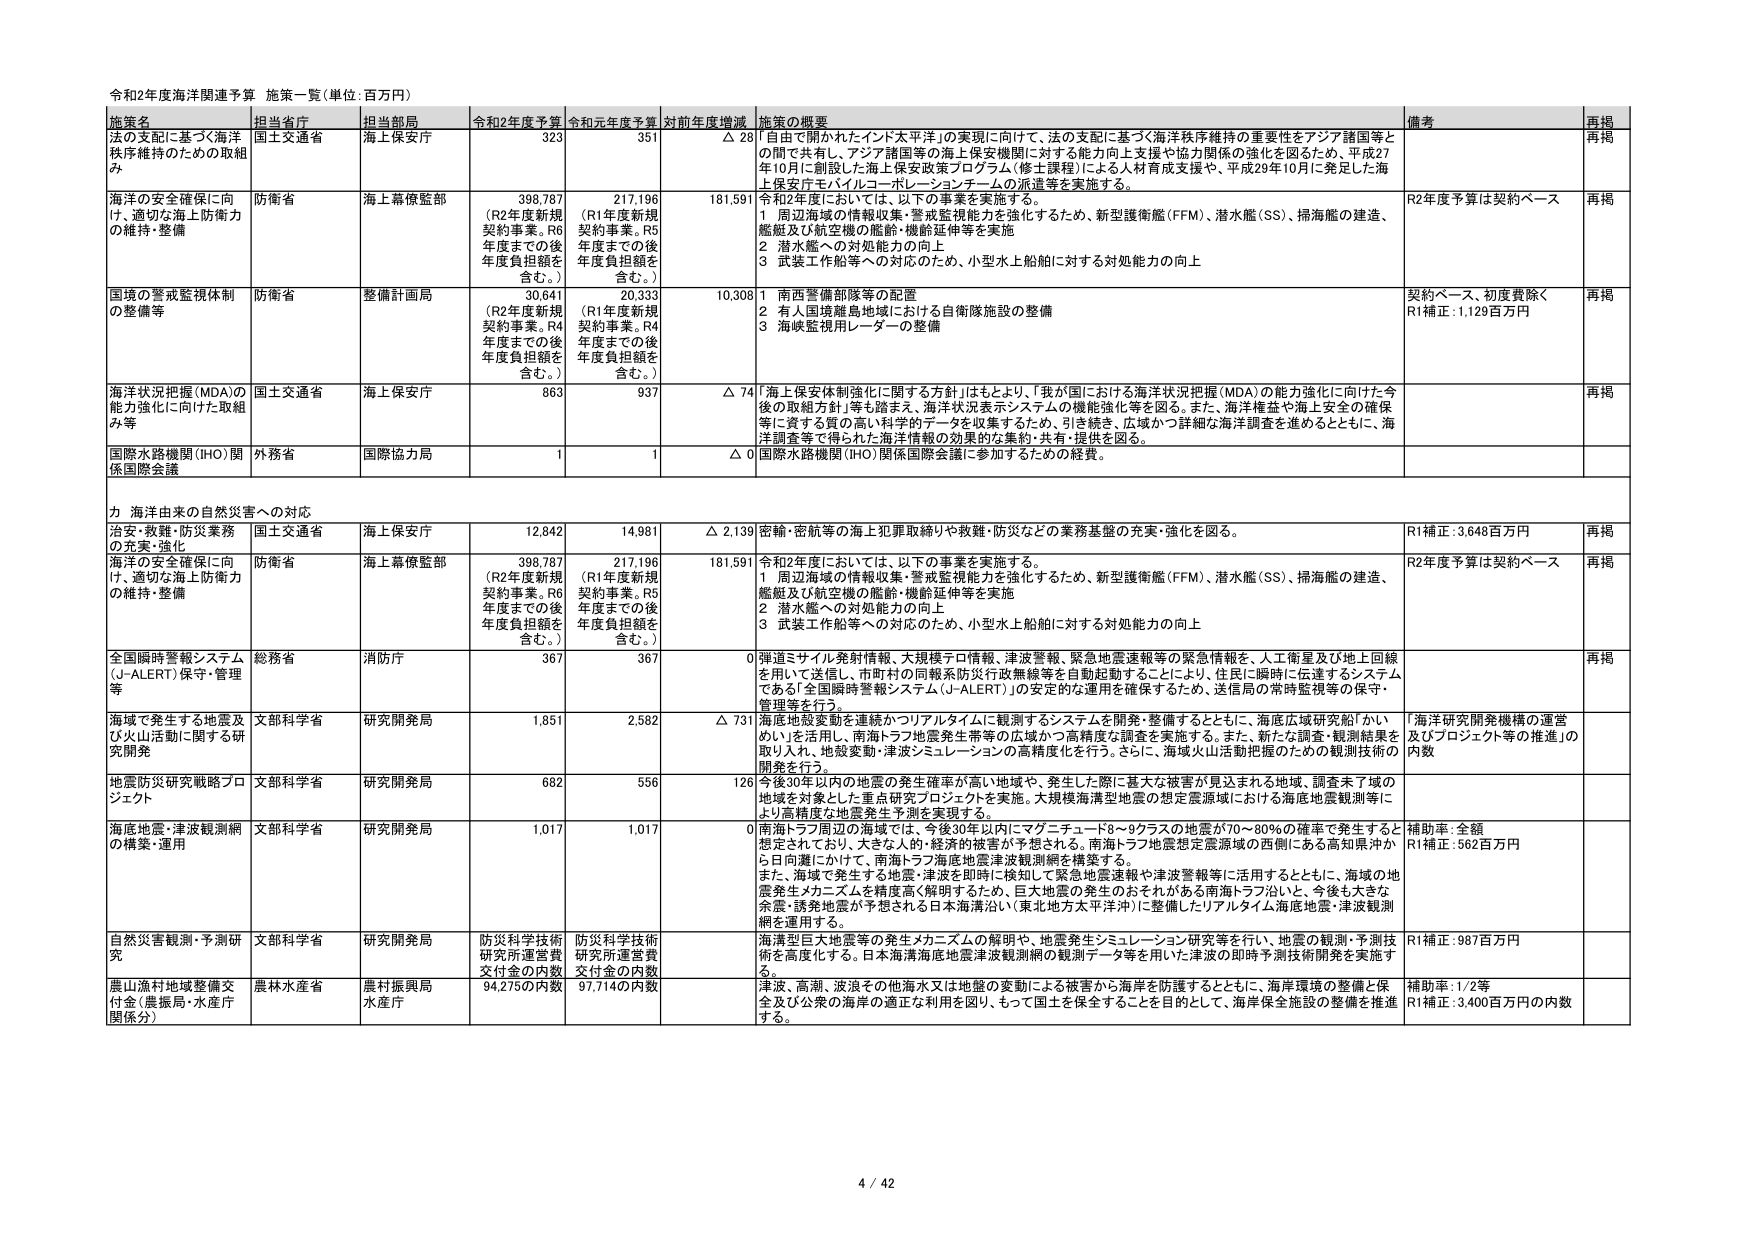
令和2年度海洋関連予算 施策一覧（単位：百万円）

施策名 担当省庁 担当部局 令和2年度予算 令和元年度予算 対前年度増減 施策の概要 備考 再掲

法の支配に基づく海洋秩序維持のための取組み 国土交通省 海上保安庁 323 351 △ 28 「自由で開かれたインド太平洋」の実現に向けて、法の支配に基づく海洋秩序維持の重要性をアジア諸国等との間で共有し、アジア諸国等の海上保安機関に対する能力向上支援や協力関係の強化を図るため、平成27年10月に創設した海上保安政策プログラム（修士課程）による人材育成支援や、平成29年10月に発足した海上保安庁モバイルコーポレーションチームの派遣等を実施する。 再掲

海洋の安全確保に向け、適切な海上防衛力の維持・整備 防衛省 海上幕僚監部 398,787 （R2年度新規契約事業。R6年度までの後年度負担額を含む。） 217,196 （R1年度新規契約事業。R5年度までの後年度負担額を含む。） 181,591 令和2年度においては、以下の事業を実施する。 1 周辺海域の情報収集・警戒監視能力を強化するため、新型護衛艦（FFM）、潜水艦（SS）、掃海艦の建造、艦艇及び航空機の艦齢・機齢延伸等を実施 2 潜水艦への対処能力の向上 3 武装工作船等への対応のため、小型水上船舶に対する対処能力の向上 R2年度予算は契約ベース 再掲

国境の警戒監視体制の整備等 防衛省 整備計画局 30,641 （R2年度新規契約事業。R4年度までの後年度負担額を含む。） 20,333 （R1年度新規契約事業。R4年度までの後年度負担額を含む。） 10,308 1 南西警備部隊等の配置 2 有人国境離島地域における自衛隊施設の整備 3 海峡監視用レーダーの整備 契約ベース、初度費除く R1補正：1,129百万円 再掲

海洋状況把握（MDA）の能力強化に向けた取組み 国土交通省 海上保安庁 863 937 △ 74 「海上保安体制強化に関する方針」はもとより、「我が国における海洋状況把握（MDA）の能力強化に向けた今後の取組方針」等も踏まえ、海洋状況表示システムの機能強化等を図る。また、海洋権益や海上安全の確保等に資する質の高い科学的データを収集するため、引き続き、広域かつ詳細な海洋調査を進めるとともに、海洋調査等で得たデータの海洋情報の効果的な集約・共有・提供を図る。 再掲

国際水路機関（IHO）関係国際会議 外務省 国際協力局 1 1 △ 0 国際水路機関（IHO）関係国際会議に参加するための経費。

力 海洋由来の自然災害への対応

治安・救難・防災業務の充実・強化 国土交通省 海上保安庁 12,842 14,981 △ 2,139 密輸・密航等の海上犯罪取締りや救難・防災などの業務基盤の充実・強化を図る。 R1補正：3,648百万円 再掲

海洋の安全確保に向け、適切な海上防衛力の維持・整備 防衛省 海上幕僚監部 398,787 （R2年度新規契約事業。R6年度までの後年度負担額を含む。） 217,196 （R1年度新規契約事業。R5年度までの後年度負担額を含む。） 181,591 令和2年度においては、以下の事業を実施する。 1 周辺海域の情報収集・警戒監視能力を強化するため、新型護衛艦（FFM）、潜水艦（SS）、掃海艦の建造、艦艇及び航空機の艦齢・機齢延伸等を実施 2 潜水艦への対処能力の向上 3 武装工作船等への対応のため、小型水上船舶に対する対処能力の向上 R2年度予算は契約ベース 再掲

全国瞬時警報システム（J-ALERT）保守・管理等 総務省 消防庁 367 367 0 弾道ミサイル発射情報、大規模テロ情報、津波警報、緊急地震速報等の緊急情報を、人工衛星及び地上回線を用いて送信し、市町村の同報系防災行政無線等を自動起動することにより、住民に瞬時に伝達するシステムである「全国瞬時警報システム（J-ALERT）」の安定的な運用を確保するため、送信局の常時監視等の保守・管理等を行う。 再掲

海域で発生する地震及び火山活動に関する研究開発 文部科学省 研究開発局 1,851 2,582 △ 731 海底地殻変動を連続かつリアルタイムに観測するシステムを開発・整備するとともに、海底広域研究船「かいめい」を活用し、南海トラフ地震発生帯等の広域かつ高精度な調査を実施する。また、新たな調査・観測結果を取り入れ、地殻変動・津波シミュレーションの高精度化を行う。さらに、海域火山活動把握のための観測技術の開発を行う。 「海洋研究開発機構の運営及びプロジェクト等の推進」の内数

地震防災研究戦略プロジェクト 文部科学省 研究開発局 682 556 126 今後30年以内の地震の発生確率が高い地域や、発生した際に甚大な被害が見込まれる地域、調査未了域の地域を対象とした重点研究プロジェクトを実施。大規模海溝型地震の想定震源域における海底地震観測等により高精度な地震発生予測を実現する。

海底地震・津波観測網の構築・運用 文部科学省 研究開発局 1,017 1,017 0 南海トラフ周辺の海域では、今後30年以内にマグニチュード8～9クラスの地震が70～80％の確率で発生すると想定されており、大きな人的・経済的被害が予想される。南海トラフ地震想定震源域の西側にある高知県沖から日向灘にかけて、南海トラフ海底地震津波観測網を構築する。 また、海域で発生する地震・津波を即時に検知して緊急地震速報や津波警報等に活用するとともに、海域の地震発生メカニズムを精度高く解明するため、巨大地震の発生のおそれがある南海トラフ沿いと、今後も大きな余震・誘発地震が予想される日本海溝沿い（東北地方太平洋沖）に整備したリアルタイム海底地震・津波観測網を運用する。 補助率：全額 R1補正：562百万円

自然災害観測・予測研究 文部科学省 研究開発局 防災科学技術研究所運営費交付金の内数 防災科学技術研究所運営費交付金の内数 海溝型巨大地震等の発生メカニズムの解明や、地震発生シミュレーション研究等を行い、地震の観測・予測技術を高度化する。日本海溝海底地震津波観測網の観測データ等を用いた津波の即時予測技術開発を実施する。 R1補正：987百万円

農山漁村地域整備交付金（農振局・水産庁関係分） 農林水産省 農村振興局 水産庁 94,275の内数 97,714の内数 津波、高潮、波浪その他海水又は地盤の変動による被害から海洋を防護するとともに、海岸環境の整備と保全及び公衆の海洋の適正な利用を図り、もって国土を保全することを目的として、海洋保全施設の整備を推進する。 補助率：1/2等 R1補正：3,400百万円の内数

4 / 42